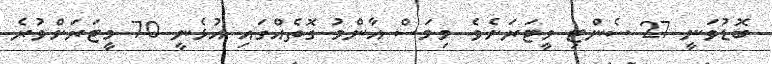
ބޮޑުވަނީ 27 ސެންޓި މީޓަރަށެވެ. މިމަސް އާންމު ގޮތެއްގައި އުޅެނީ 70 މީޓަރަށްވުރެ